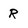
Character: R